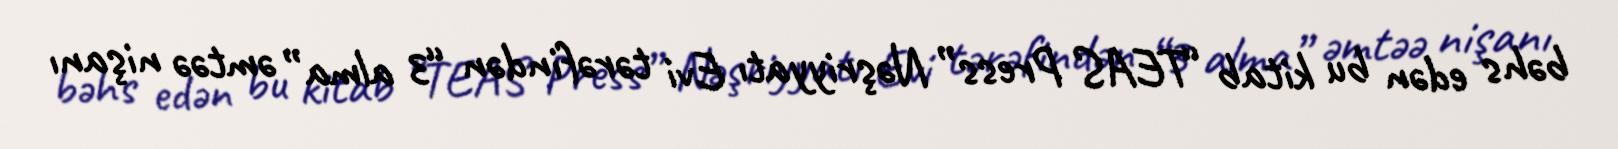
bəhs edən bu kitab “TEAS Press” Nəşriyyatı Evi tərəfindən “3 alma” əmtəə nişanı